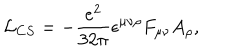
LaTeX: { \cal L } _ { C S } = - \frac { e ^ { 2 } } { 3 2 \pi } \epsilon ^ { \mu \nu \rho } F _ { \mu \nu } A _ { \rho } ,